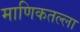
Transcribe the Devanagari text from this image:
माणिकतल्ला